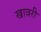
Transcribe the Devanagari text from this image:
खावरी